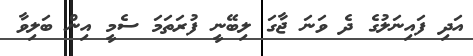
އަދި ފައިނަލުގެ ދެ ވަނަ ޖާގަ ލިބޭނީ ފުރަތަމަ ސެމީ އިން ބަލިވާ